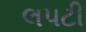
લપટી